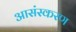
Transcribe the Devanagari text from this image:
आसंस्करण